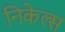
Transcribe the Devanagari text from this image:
निकेल्स